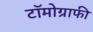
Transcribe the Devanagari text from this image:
टॉमोग्राफी